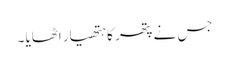
جس نے پتھر کا ہتھیار اٹھایا ۔